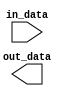
`timescale 1ns / 1ps
//////////////////////////////////////////////////////////////////////////////////
// Company: 
// Engineer: 
// 
// Design Name: 
// Module Name: Shift2
// Project Name: 
// Target Devices: 
// Tool Versions: 
// Description: 
// 
// Dependencies: 
// 
// Revision:
// Revision 0.01 - File Created
// Additional Comments:
// 
//////////////////////////////////////////////////////////////////////////////////


module Shift2(in_data,out_data);
input in_data;
output out_data;
endmodule